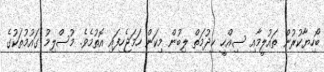
ބޯހިޔާކުރުން ތައުލީމާއި ސިއްހީ ޚިދުމަތް ލިބުން މިކަން ހަމަޖެހިފައި އޮތުމެވެ. މުސްލިމު ގައުމުތަކުގެ